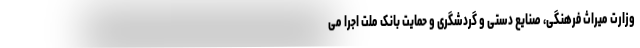
وزارت میراث فرهنگی، صنایع دستی و گردشگری و حمایت بانک ملت اجرا می